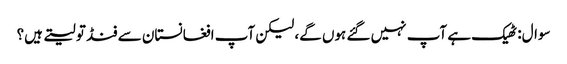
سوال: ٹھیک ہے آپ نہیں گئے ہوں گے، لیکن آپ افغانستان سے فنڈ تو لیتے ہیں؟